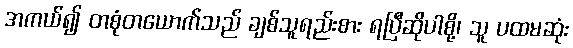
အကယ်၍ တစုံတယောက်သည် ချစ်သူရည်းစား ရပြီဆိုပါစို့၊ သူ ပထမဆုံး